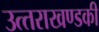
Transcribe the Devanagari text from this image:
उत्‍तराखण्‍डकी